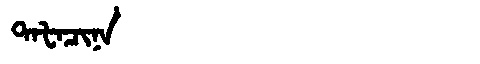
Manchu: ᡨᠠᡶᠠᠴᡳᠨᠠ
Romanization: TAFACINA